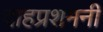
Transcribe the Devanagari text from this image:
दाहप्रशमनी